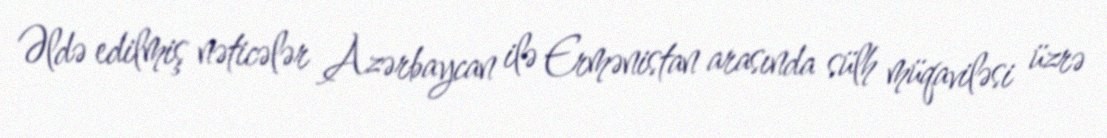
Əldə edilmiş nəticələr Azərbaycan ilə Ermənistan arasında sülh müqaviləsi üzrə